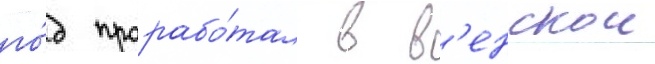
го́д прорабо́тал в в'енскои